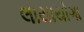
લાયાયોગા